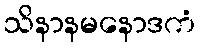
သိနာနမနောဒကံ